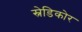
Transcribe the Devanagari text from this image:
स्नेडिकोर